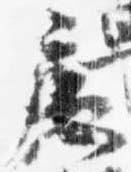
扈